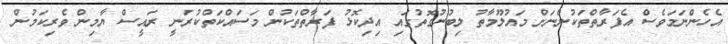
އެހެންނަމަވެސް އެފަރާތްތަކުންނަށް މައުލޫމާތު ލިބުނުގޮތުގައި އިދިކޮޅު ފަރާތްތަކުން މަސައްކަތްކުރަނީ ރައީސް ޔާމިން ވެރިކަމުން